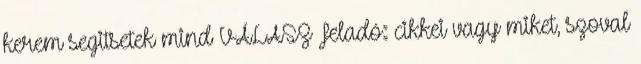
kerem segitsetek mind VÁLASZ Feladó: cikkei vagy miket, szoval